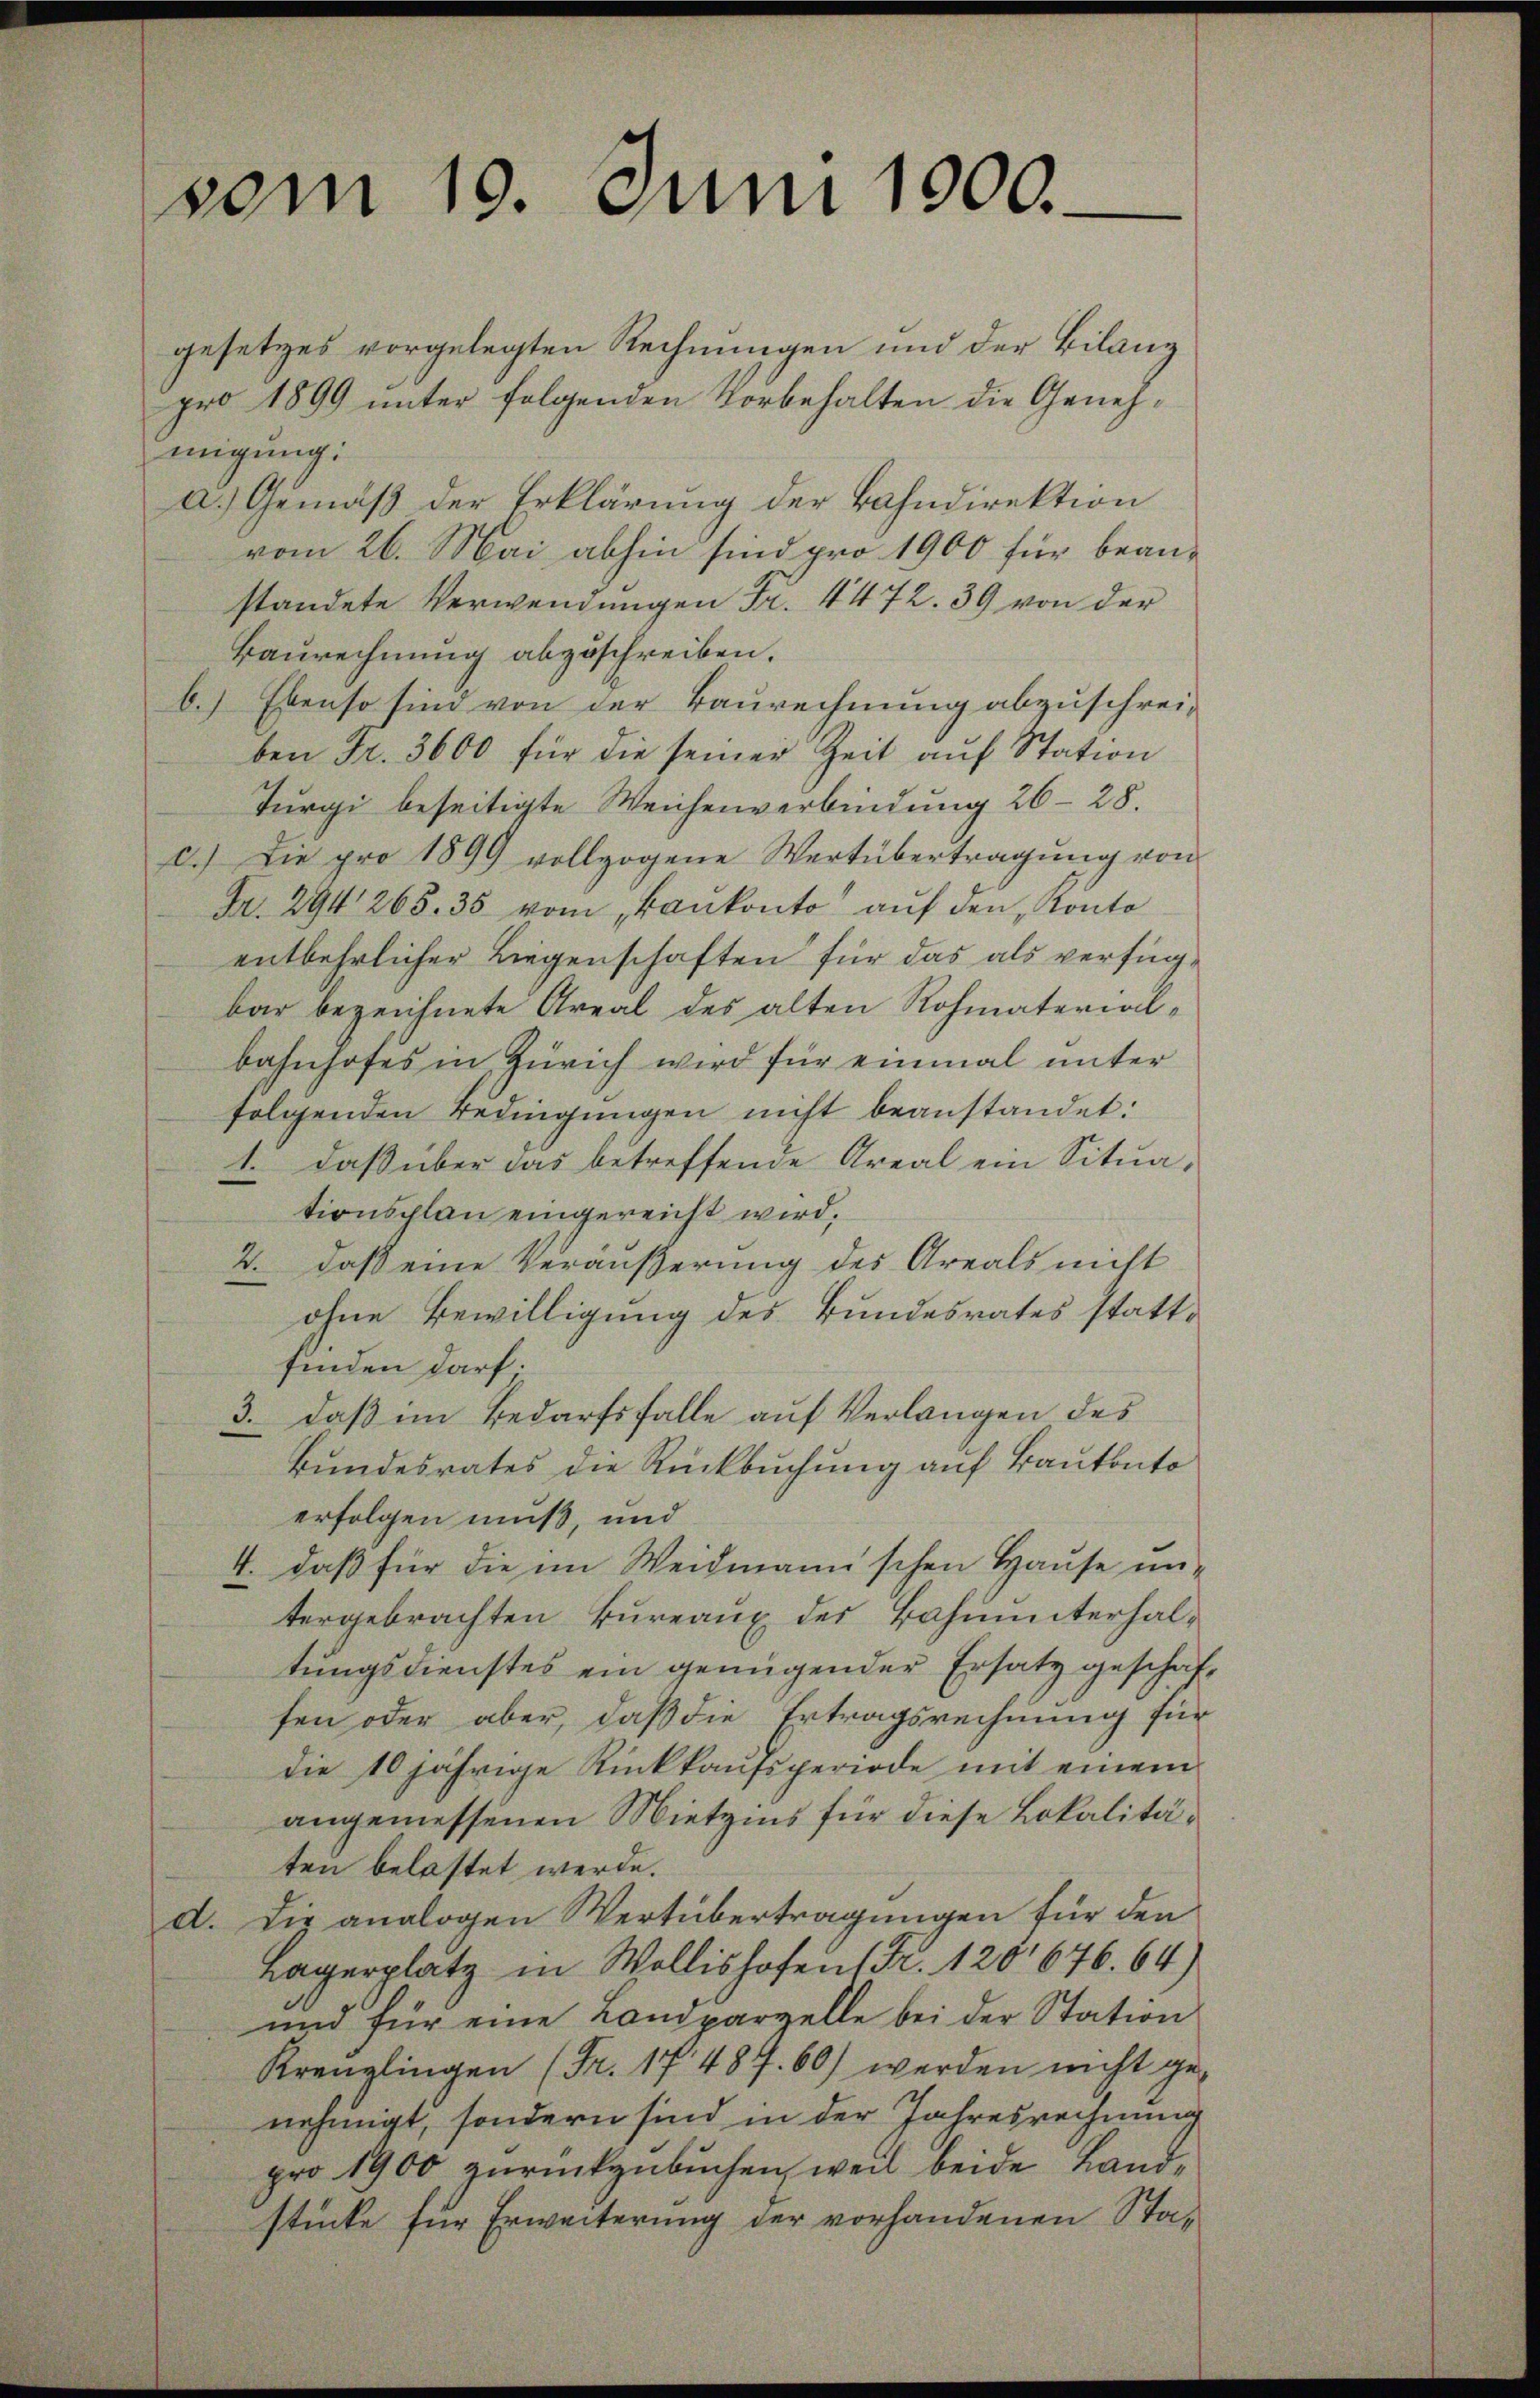
vom 19. Juni 1900.

gesetzes vorgelegten Rechnungen und der Bilanz
pro 1899 unter folgenden Vorbehalten die Genehmigung:
a.) Gemäß der Erklärung der Bahndirektion
vom 26. Mai abhin sind pro 1900 für bean-
standete Verwendungen Fr. 4472. 39 von der
Baurechnung abzuschreiben.
b.) Ebenso sind von der Baurechnung abzuschrei-
ben Fr. 3600 für die seiner Zeit aŭf Station
Turgi beseitigte Weichenverbindung 26-28.
c.) Die pro 1899 vollzogene Wertübertragung von
Fr. 294, 265. 35 vom „kankonto auf den Konto
entbehrlicher Liegenschaften für das als verfügbar bezeichnete Areal des alten Rohmaterialbahnhofes in Zürich wird für einmal unter
folgenden Bedingungen nicht beanstandet:
1. daß über das betreffende Areal ein Situa,
tionsplan eingereicht wird,
2. daß eine Veräußerung des Areals nicht
ohne Bewilligung des Bundesrates stattfinden darf.
3. daß im Bedarfsfalle auf Verlangen des
Bundesrates die Rückbuchung auf Bautanto
erfolgen muß, und
4. daß für die im Weidmann'schen Hause un-
tergebrachten Bureaux des Bahnunterhaltungsdienstes ein genügender Ersatz geschäffen oder aber, daß die Ertragsrechnung für
die 10 jährige Rückkaufsperiode mit einem
angemessenen Mietzins für diese Lokalitäten belastet werde.
d. Die analogen Wertübertragungen für den
Lagerplatz in Wollishofen Fr. 120, 676. 64)
und für eine Landparzelle bei der Station
Krenzlingen (Fr. 1748 f. 60) werden nicht genehmigt, sondern sind in der Jahresrechnung
pro 1900 zurückzubuchen, weil beide Landstücke für Erweiterung der vorhandenen Sta¬